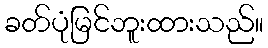
ခတ်ပုံမြင်ဘူးထားသည်။